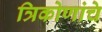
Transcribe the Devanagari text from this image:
त्रिकोणांचे